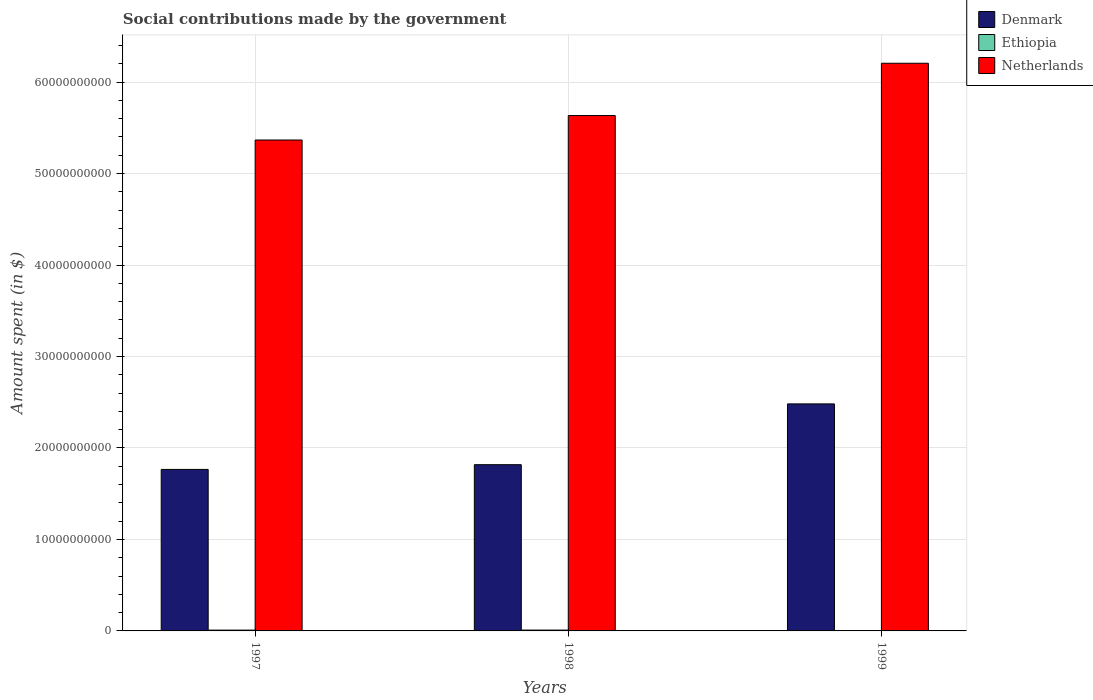
| Years | Denmark | Ethiopia | Netherlands |
 | --- | --- | --- | --- |
 | 1997 | 1.77e+10 | 8.82e+07 | 5.37e+10 |
 | 1998 | 1.82e+10 | 9.21e+07 | 5.63e+10 |
 | 1999 | 2.48e+10 | 2e+05 | 6.21e+10 |